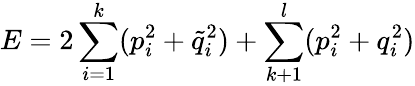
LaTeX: E=2\sum_{i=1}^{k}(p_{i}^{2}+\tilde{q}_{i}^{2})+\sum_{k+1}^{l}(p_{i}^{2}+q_{i}^{2})